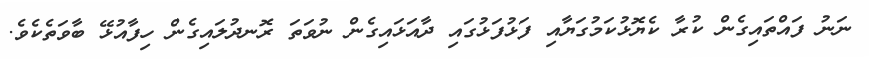
ނަނު ފައްތައިގެން ކުރާ ކެޔޮޅުކަމުގަޔާއި ފަޅުފަޅުގައި ދާއަޅައިގެން ނުވަތަ ރޮނދުލައިގެން ހިފާއުޅޭ ބާވަތެކެވެ.